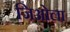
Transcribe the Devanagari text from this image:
जिओला